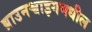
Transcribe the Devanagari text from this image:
ब्राउनश्वाइगमधील